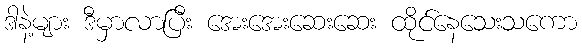
ဒါနဲ့များ ဒီမှာလာပြီး အေးအေးဆေးဆေး ထိုင်နေသေးသကော